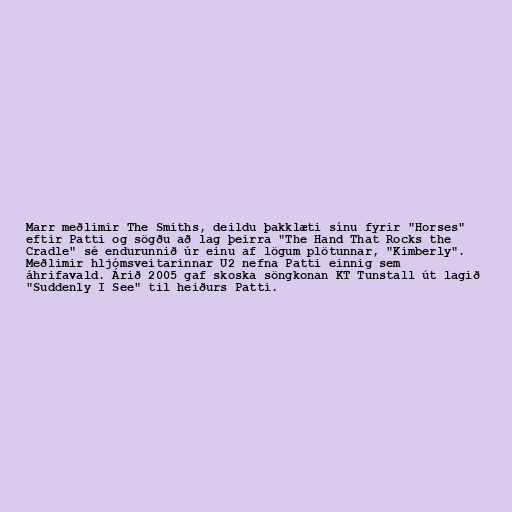
Marr meðlimir The Smiths, deildu þakklæti sínu fyrir "Horses"
eftir Patti og sögðu að lag þeirra "The Hand That Rocks the
Cradle" sé endurunnið úr einu af lögum plötunnar, "Kimberly".
Meðlimir hljómsveitarinnar U2 nefna Patti einnig sem
áhrifavald. Árið 2005 gaf skoska söngkonan KT Tunstall út lagið
"Suddenly I See" til heiðurs Patti.